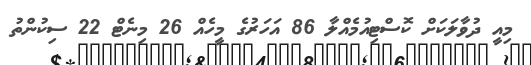
މިއީ ދުވާލަކަށް ކޮސްޓިއުމެއްލާ 86 އަހަރުގެ މީހެއް 26 މިނެޓް 22 ސިކުންތު